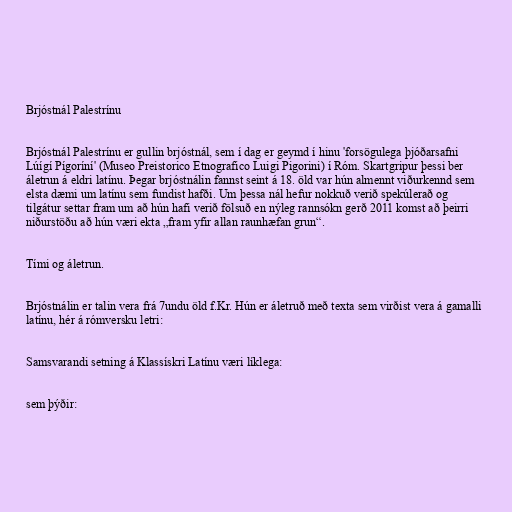
Brjóstnál Palestrínu

Brjóstnál Palestrínu er gullin brjóstnál, sem í dag er geymd í hinu 'forsögulega þjóðarsafni
Lúígí Pígoríní' (Museo Preistorico Etnografico Luigi Pigorini) í Róm. Skartgripur þessi ber
áletrun á eldri latínu. Þegar brjóstnálin fannst seint á 18. öld var hún almennt viðurkennd sem
elsta dæmi um latínu sem fundist hafði. Um þessa nál hefur nokkuð verið spekúlerað og
tilgátur settar fram um að hún hafi verið fölsuð en nýleg rannsókn gerð 2011 komst að þeirri
niðurstöðu að hún væri ekta „fram yfir allan raunhæfan grun“.

Tími og áletrun.

Brjóstnálin er talin vera frá 7undu öld f.Kr. Hún er áletruð með texta sem virðist vera á gamalli
latínu, hér á rómversku letri:

Samsvarandi setning á Klassískri Latínu væri líklega:

sem þýðir: